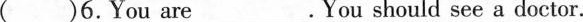
( )6. You are ___. You should see a doctor.